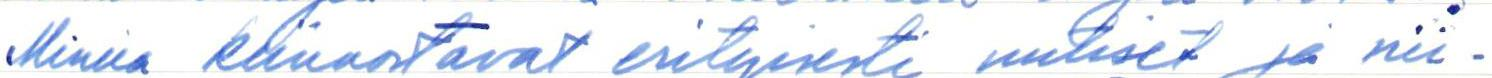
Minua kiinnostavat erityisesti uutiset ja nii-